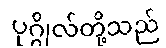
ပုဂ္ဂိုလ်တို့သည်